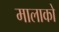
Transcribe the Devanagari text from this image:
मालाको